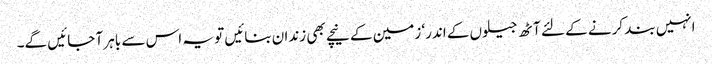
انہیں بند کرنے کے لئے آٹھ جیلوں کے اندر‘ زمین کے نیچے بھی زندان بنائیں تو یہ اس سے باہر آ جائیں گے۔